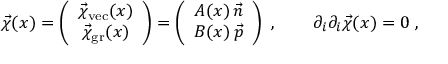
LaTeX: \vec { \chi } ( x ) = \left( \begin{array} { c } { { \vec { \chi } _ { \mathrm { v e c } } ( x ) } } \\ { { \vec { \chi } _ { \mathrm { g r } } ( x ) } } \end{array} \right) = \left( \begin{array} { c } { { A ( x ) \, \vec { n } } } \\ { { B ( x ) \, \vec { p } } } \end{array} \right) \ , \qquad \partial _ { i } \partial _ { i } \vec { \chi } ( x ) = 0 \ ,